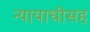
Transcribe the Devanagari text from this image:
न्यायाधीसह